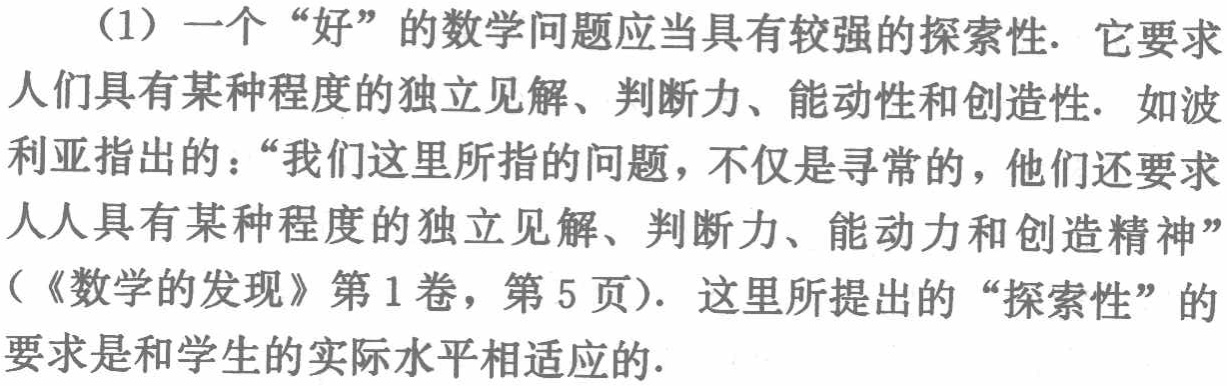
（1）一个“好”的数学问题应当具有较强的探索性. 它要求人们具有某种程度的独立见解、判断力、能动性和创造性. 如波利亚指出的：“我们这里所指的问题，不仅是寻常的，他们还要求人人具有某种程度的独立见解、判断力、能动力和创造精神”（《数学的发现》第1卷，第5页）. 这里所提出的“探索性”的要求是和学生的实际水平相适应的.